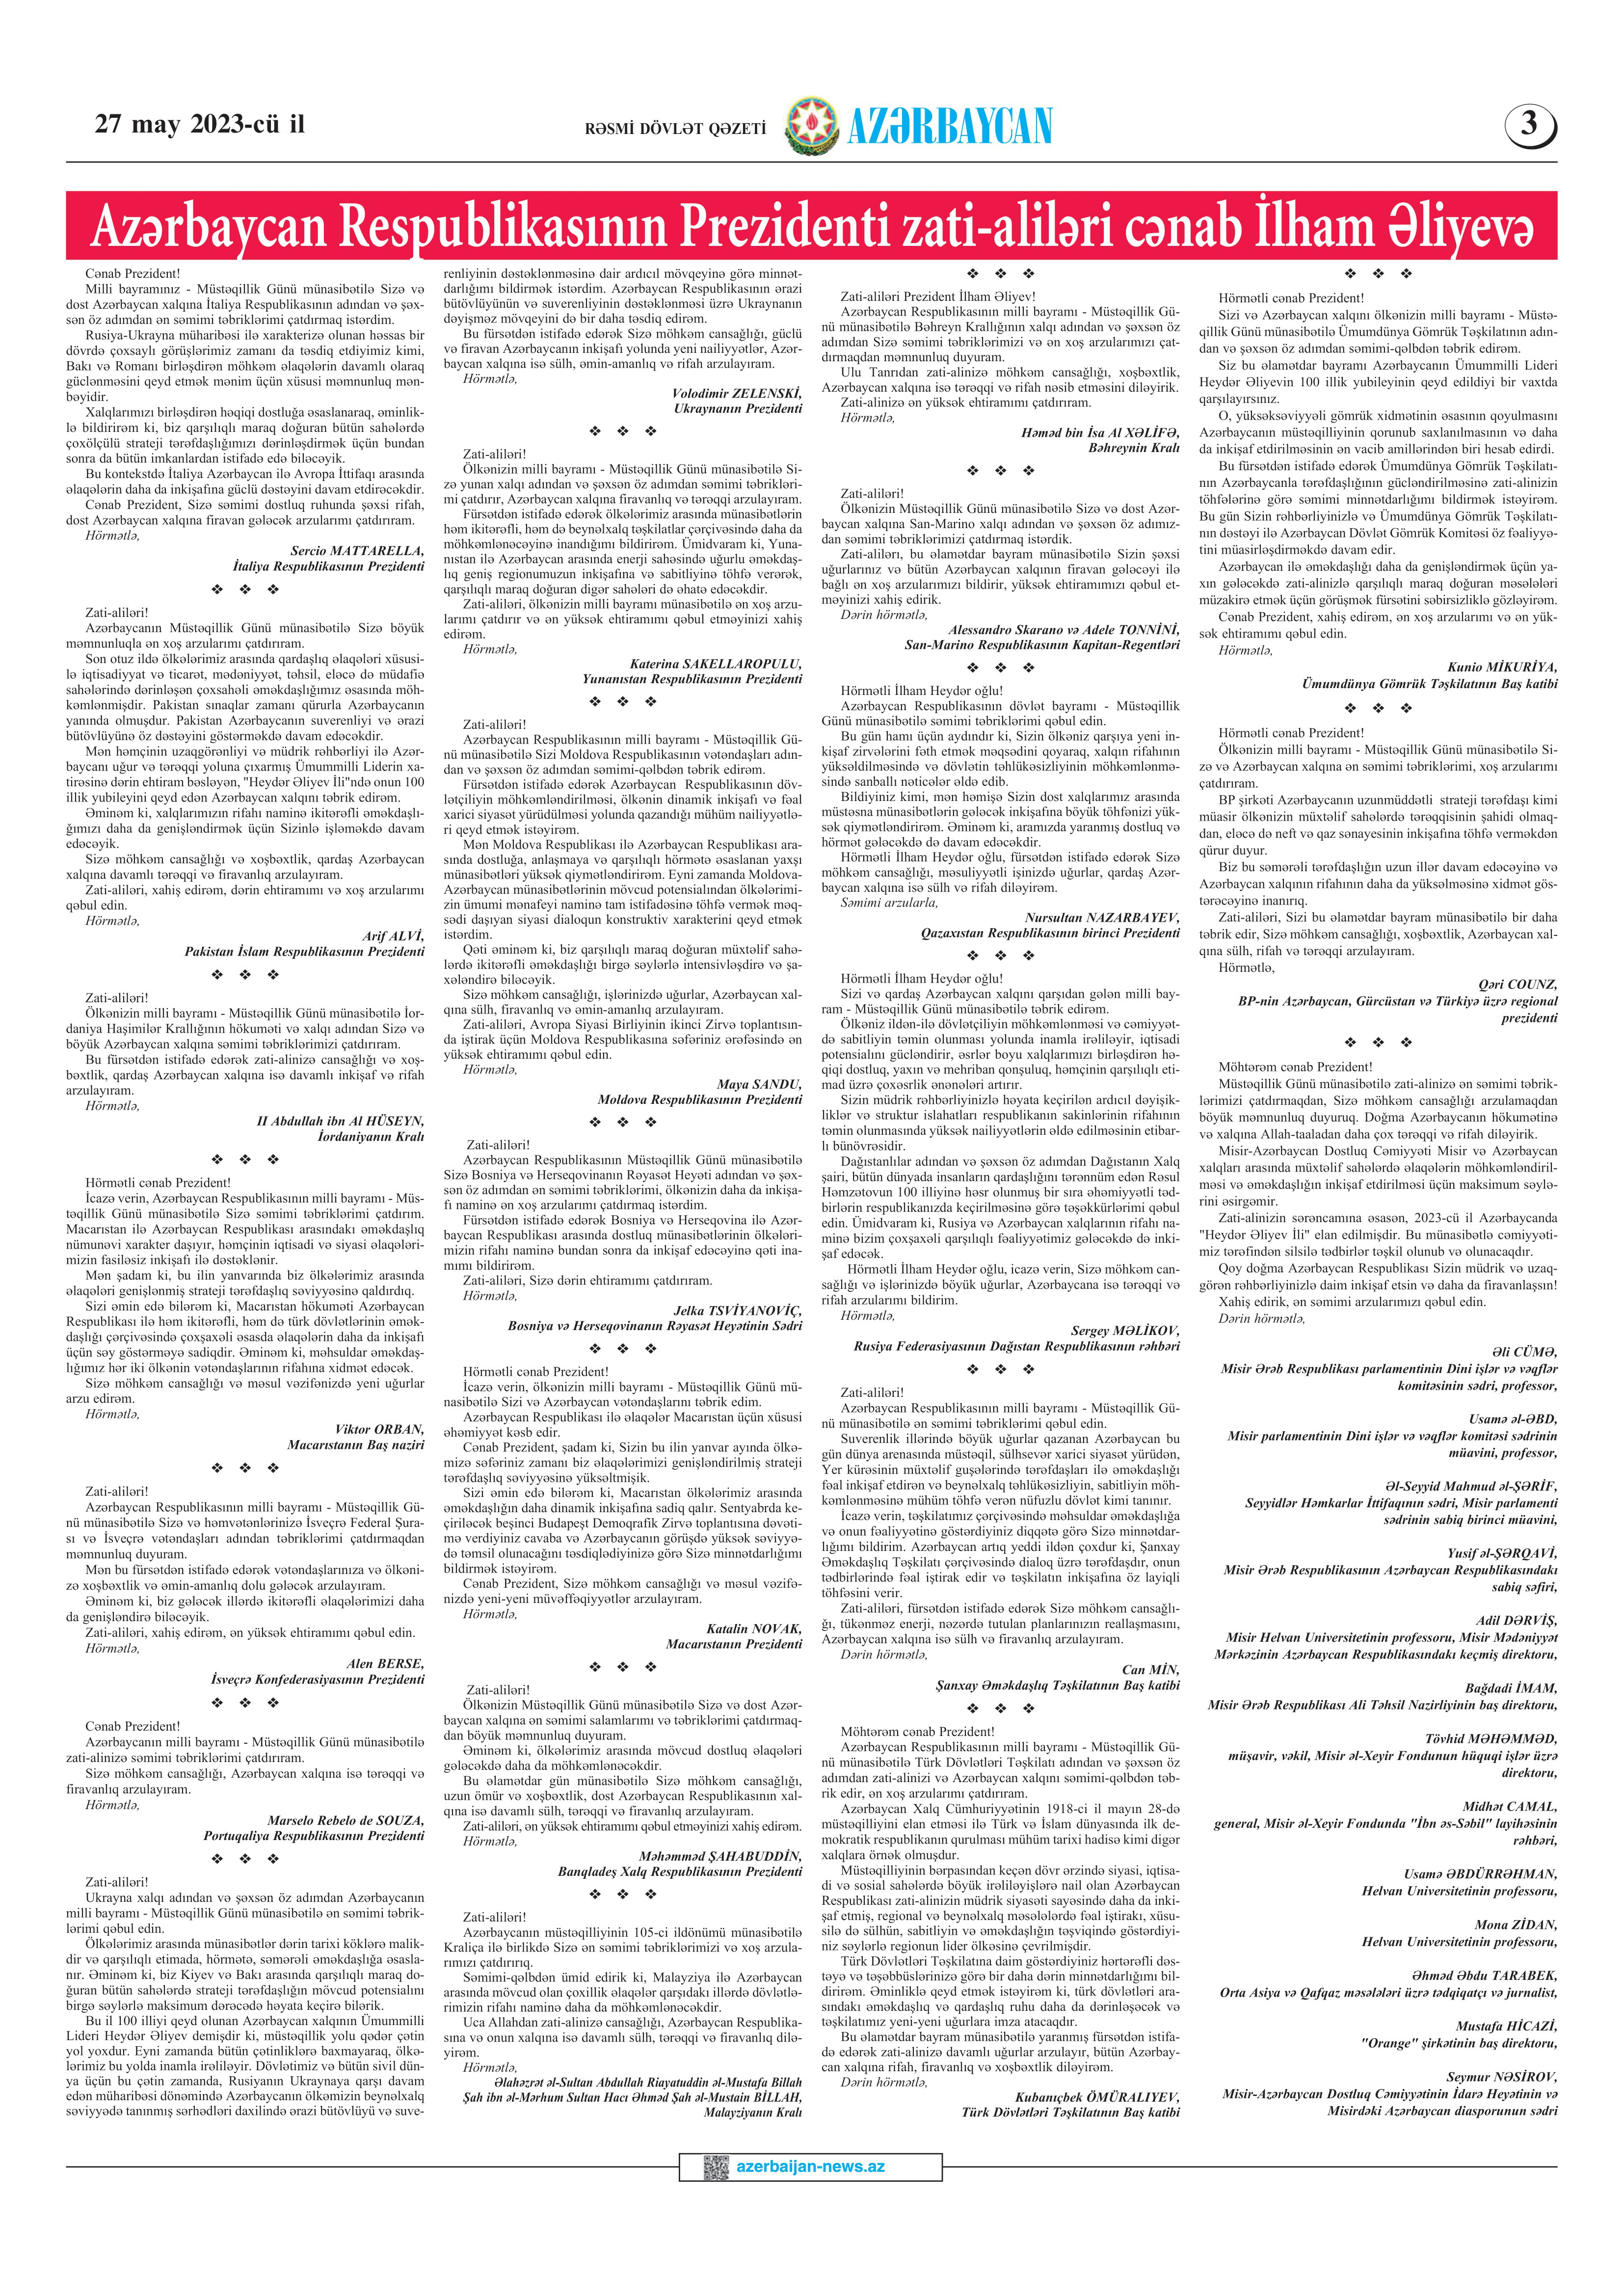
Language: az